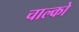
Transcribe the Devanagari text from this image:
चाल्को